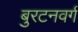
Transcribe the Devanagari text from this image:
बुरटनवर्ग